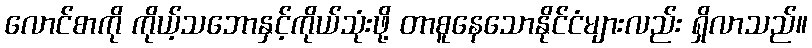
လောင်စာကို ကိုယ့်သဘောနှင့်ကိုယ်သုံးဖို့ တာစူနေသောနိုင်ငံများလည်း ရှိလာသည်။